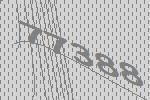
77388